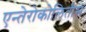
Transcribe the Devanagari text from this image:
एन्तेरोकोलितीस